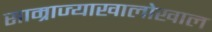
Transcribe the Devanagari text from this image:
साम्राज्याखालोखाल